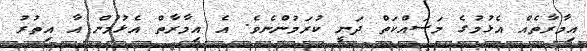
އިމާރާތެއް އެޅުމުގެ މަސައްކަތް ދަނީ ކުރަމުންނެވެ. އެ އިމާރާތް އެޅުމުން އާ އިތުރު